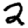
Digit: 2